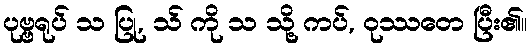
ပုဗ္ဗရုပ် သ ပြု, သ် ကို သ သို့ ကပ်, ဝုဿတေ ပြီး၏။